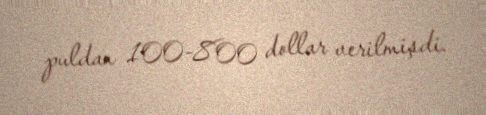
puldan 100-800 dollar verilmişdi.